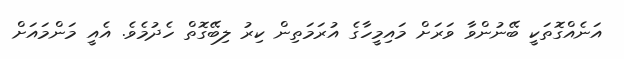
އަނެއްގޮތަކީ ބޭނުންވާ ވަރަށް މައިމީހާގެ އުރަމަތިން ކިރު ލިބޭގޮތް ހެދުމެވެ. އެއީ މަންމައަށް